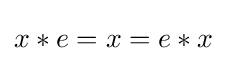
x*e=x=e*x